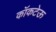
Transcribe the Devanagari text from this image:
कॉकटेऊ